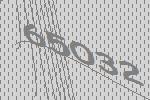
65032